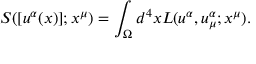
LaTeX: { S } ( [ u ^ { \alpha } ( x ) ] ; x ^ { \mu } ) = \int _ { \Omega } d ^ { 4 } x { L } ( u ^ { \alpha } , u _ { \mu } ^ { \alpha } ; x ^ { \mu } ) .